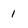
Character: 1